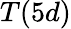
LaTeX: T(5d)